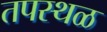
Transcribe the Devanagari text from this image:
तपस्थळ